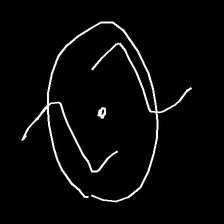
Glyph: repetition